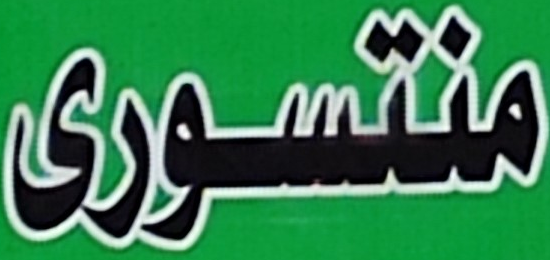
منتسورى